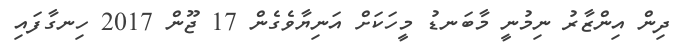
ދިން އިންޒާރު ނިމުނީ މާބަނޑު މީހަކަށް އަނިޔާވެގެން 17 ޖޫން 2017 ހިނގާފައި